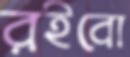
রইবো